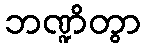
ဘဏ္ဍိတွာ